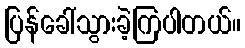
ပြန်ခေါ်သွားခဲ့ကြပါတယ်။